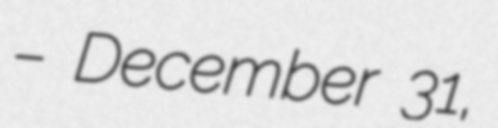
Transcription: – December 31,